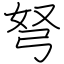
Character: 弩